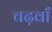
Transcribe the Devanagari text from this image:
चढ़वाँ